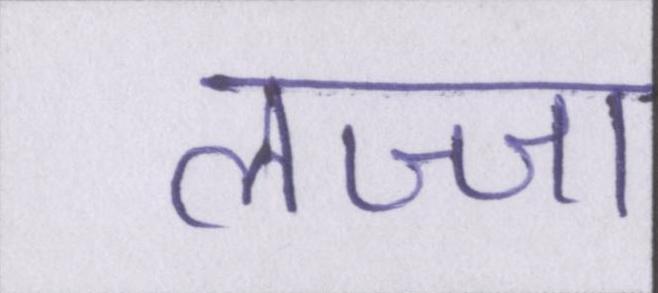
लज्जा